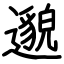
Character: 邈